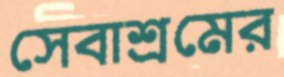
সেবাশ্রমের